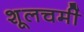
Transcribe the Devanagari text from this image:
शूलचर्मी